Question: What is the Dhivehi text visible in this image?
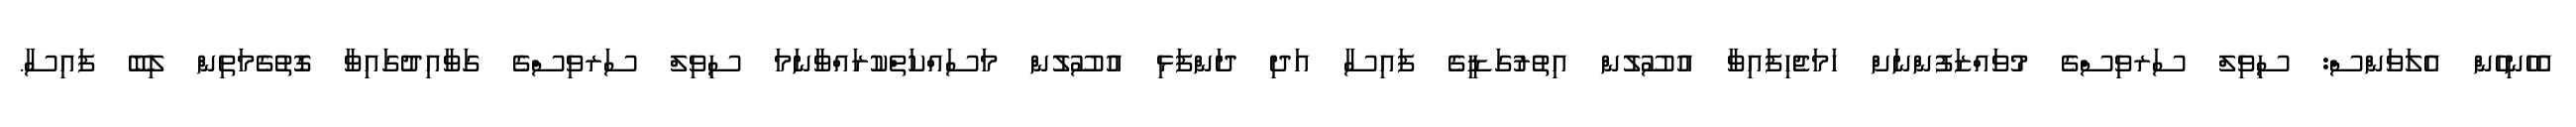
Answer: އެހެނިހެން އެލަވަންސް: ސިވިލް ސަރވިސްގެ މުވައްޒަފުންނަށް ހަމަޖެހިފައިވާ އުސޫލުން އިތުރުގަޑީގެ ފައިސާ އަދި ދަންފަޅި އުސޫލުން މަސައްކަތްކުރައްވާނަމަ ސިވިލް ސަރވިސްގެ ގަވާއިދުގައިވާ ގޮތުގެމަތިން ލިބޭ ފައިސާ.